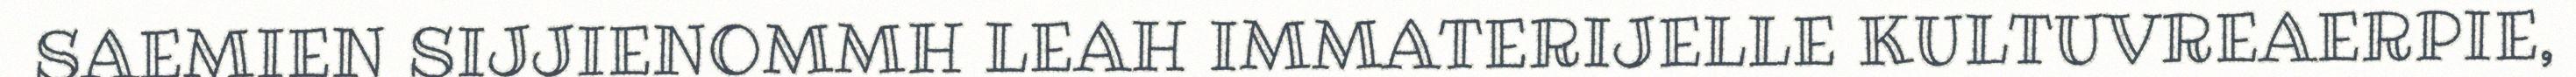
SAEMIEN SIJJIENOMMH LEAH IMMATERIJELLE KULTUVREAERPIE,